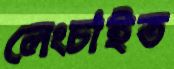
লেংচাইত